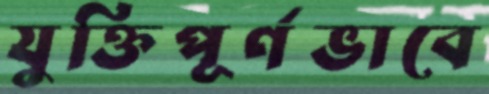
যুক্তিপূর্ণভাবে